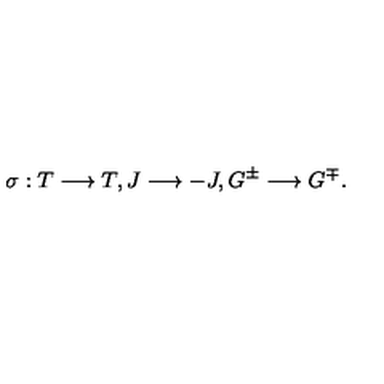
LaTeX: \sigma : T \longrightarrow T , J \longrightarrow - J , G ^ { \pm } \longrightarrow G ^ { \mp } .